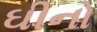
ઘીનો